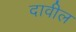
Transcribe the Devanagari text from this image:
दावील